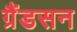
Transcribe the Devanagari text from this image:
ग्रैंडसन